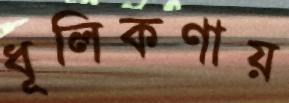
ধূলিকণায়